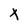
Character: x